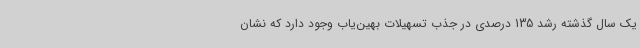
یک سال گذشته رشد 135 درصدی در جذب تسهیلات بهین‌یاب وجود دارد که نشان